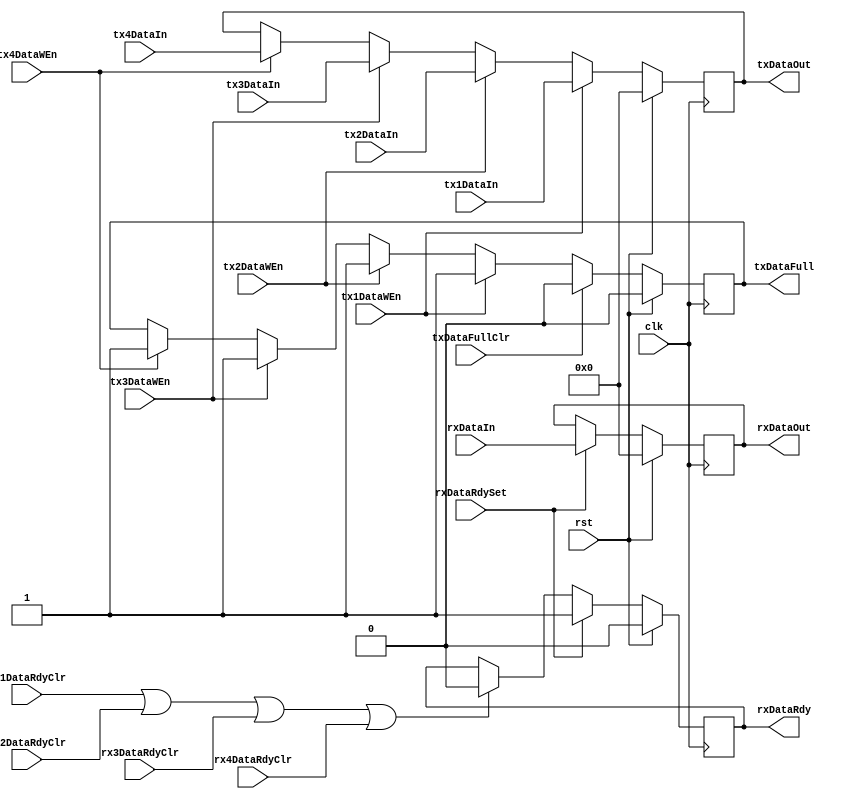
//////////////////////////////////////////////////////////////////////
////                                                              ////
//// spiTxRxData.v                                                ////
////                                                              ////
//// This file is part of the spiMaster opencores effort.
//// <http://www.opencores.org/cores//>                           ////
////                                                              ////
//// Module Description:                                          ////
////  Mux access to SPI RX and TX data 
//// 
////  
//// 
////                                                              ////
//// To Do:                                                       ////
////   
////                                                              ////
//// Author(s):                                                   ////
//// - Steve Fielding, sfielding@base2designs.com                 ////
////                                                              ////
//////////////////////////////////////////////////////////////////////
////                                                              ////
//// Copyright (C) 2008 Steve Fielding and OPENCORES.ORG          ////
////                                                              ////
//// This source file may be used and distributed without         ////
//// restriction provided that this copyright statement is not    ////
//// removed from the file and that any derivative work contains  ////
//// the original copyright notice and the associated disclaimer. ////
////                                                              ////
//// This source file is free software; you can redistribute it   ////
//// and/or modify it under the terms of the GNU Lesser General   ////
//// Public License as published by the Free Software Foundation; ////
//// either version 2.1 of the License, or (at your option) any   ////
//// later version.                                               ////
////                                                              ////
//// This source is distributed in the hope that it will be       ////
//// useful, but WITHOUT ANY WARRANTY; without even the implied   ////
//// warranty of MERCHANTABILITY or FITNESS FOR A PARTICULAR      ////
//// PURPOSE. See the GNU Lesser General Public License for more  ////
//// details.                                                     ////
////                                                              ////
//// You should have received a copy of the GNU Lesser General    ////
//// Public License along with this source; if not, download it   ////
//// from <http://www.opencores.org/lgpl.shtml>                   ////
////                                                              ////
//////////////////////////////////////////////////////////////////////
//`include "timescale.v"

module spiTxRxData (
  clk,
  rst,

  tx1DataIn,
  tx2DataIn,
  tx3DataIn,
  tx4DataIn,
  tx1DataWEn,
  tx2DataWEn,
  tx3DataWEn,
  tx4DataWEn,

  txDataOut,
  txDataFull,
  txDataFullClr,

  rx1DataRdyClr,
  rx2DataRdyClr,
  rx3DataRdyClr,
  rx4DataRdyClr,

  rxDataIn,
  rxDataOut,
  rxDataRdy,
  rxDataRdySet
);

input clk;
input rst;

input [7:0] tx1DataIn;
input [7:0] tx2DataIn;
input [7:0] tx3DataIn;
input [7:0] tx4DataIn;
input tx1DataWEn;
input tx2DataWEn;
input tx3DataWEn;
input tx4DataWEn;

output [7:0] txDataOut;
reg [7:0] txDataOut;
output txDataFull;
reg txDataFull;
input txDataFullClr;

input rx1DataRdyClr;
input rx2DataRdyClr;
input rx3DataRdyClr;
input rx4DataRdyClr;

input [7:0] rxDataIn;
output [7:0] rxDataOut;
reg [7:0] rxDataOut;
output rxDataRdy;
reg rxDataRdy;
input rxDataRdySet;


// --- Transmit control
always @(posedge clk) begin
  if (rst == 1'b1) begin
    txDataOut <= 8'h00;
    txDataFull <= 1'b0;
  end
  else begin
    if (tx1DataWEn == 1'b1) begin
      txDataOut <= tx1DataIn;
      txDataFull <= 1'b1;
    end
    else if (tx2DataWEn == 1'b1) begin
      txDataOut <= tx2DataIn;
      txDataFull <= 1'b1;
    end
    else if (tx3DataWEn == 1'b1) begin
      txDataOut <= tx3DataIn;
      txDataFull <= 1'b1;
    end
    else if (tx4DataWEn == 1'b1) begin
      txDataOut <= tx4DataIn;
      txDataFull <= 1'b1;
    end
    if (txDataFullClr == 1'b1)
      txDataFull <= 1'b0;
  end
end

// --- Receive control
always @(posedge clk) begin
  if (rst == 1'b1) begin
    rxDataOut <= 8'h00;
    rxDataRdy <= 1'b0;
  end
  else begin
    if (rx1DataRdyClr == 1'b1 || rx2DataRdyClr == 1'b1 || rx3DataRdyClr == 1'b1 || rx4DataRdyClr == 1'b1) begin
      rxDataRdy <= 1'b0;
    end
    if (rxDataRdySet == 1'b1) begin
      rxDataRdy <= 1'b1;
      rxDataOut <= rxDataIn;
    end
  end
end

endmodule